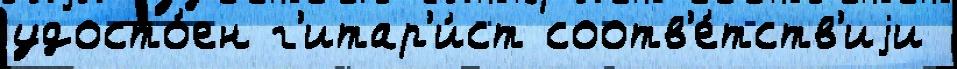
удосто́ен г'итар'и́ст соотв'е́тств'иjи